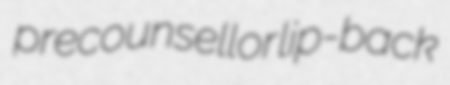
precounsellor lip-back